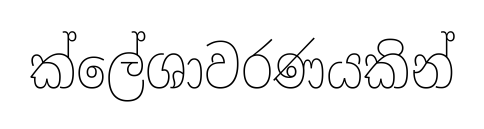
ක්ලේශාවරණයකින්